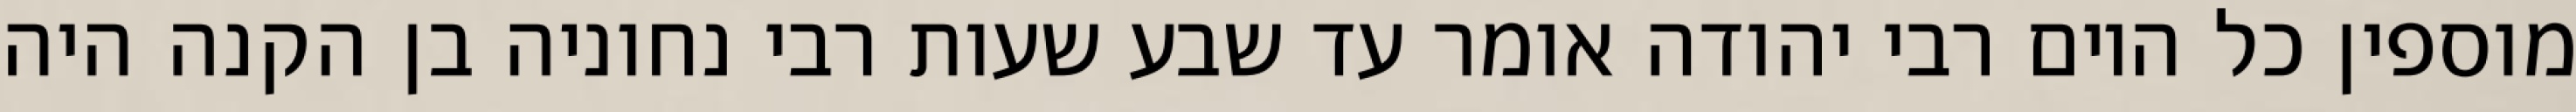
מוספין כל היום רבי יהודה אומר עד שבע שעות רבי נחוניה בן הקנה היה